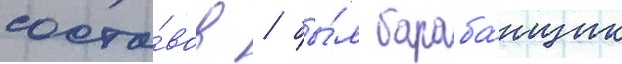
соста́вов / бы́л бараба́нщик